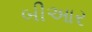
બીઆર